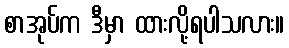
စာအုပ်က ဒီမှာ ထားလို့ရပါသလား။